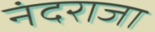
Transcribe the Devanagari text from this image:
नंदराजा